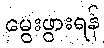
မွေးဖွားရန်